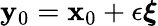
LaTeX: {\mathbf y}_{0}={\mathbf x}_{0}+\epsilon\boldsymbol{\xi}